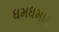
ધમધમાટ